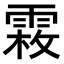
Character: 𩃝